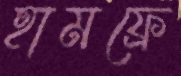
হামফ্রে